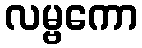
လမ္ဗကော